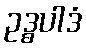
ဥဒ္ဓပါဒံ